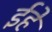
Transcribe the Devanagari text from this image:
ईहे